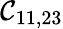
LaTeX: \mathcal{C}_{11,23}